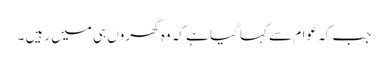
جب کہ عوام سے کہا گیا ہے کہ وہ گھروں ہی میں رہیں ۔